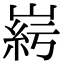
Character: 𡹱